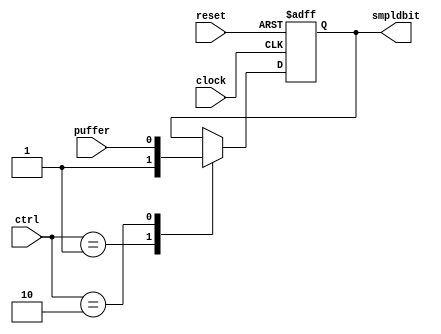
////////////////////////////////////////////////////////////////////////////////////////////////////
//
// Interessengruppe fuer Mikroelektronik und Eingebettete Systeme (IMES)
// Fachhochschule Dortmund
//
// Tool         : Mentor Graphics HDL Designer(TM) 2015.1b (Build 4)
// Description  : 
// Commentary   : Ausgelagert aus bittime-FSM um extrahierbar zu bekommen. ctrl steurt
//                Verhalten: Bei "01" AUsgang "1", Bei "10" Ausgang Puffer (Aus edge_puffer),
//                das Bit um eine Bitzeit verzoegert.
//
// Changelog:
// -------------------------------------------------------------------------------------------------
// Version | Author             | Date       | Changes
// -------------------------------------------------------------------------------------------------
// 0.9     | Leduc              | 14.01.2019 | created
// -------------------------------------------------------------------------------------------------
//
////////////////////////////////////////////////////////////////////////////////////////////////////

//`resetall
//`timescale 1ns/10ps
//`default_nettype none

module smpldbit_reg2 (
 input  wire       clock, 			
 input  wire       reset, 			
 input  wire [1:0] ctrl,      // bittime fsm: smpldbit_reg_ctrl
 output reg        smpldbit,  // MAC, destuff, biterrordetect
 input  wire       puffer	    // edgepuffer: puffer	
 );	


always @(posedge clock, negedge reset)
begin
 if (reset == 1'b0)
  smpldbit <= 1'b1;
 else
  begin
   case (ctrl) 
	 2'b01 : smpldbit <= 1'b1;        // rezessiv
	 2'b10 : smpldbit <= puffer;      // versptet
	 default : smpldbit <= smpldbit;  
	 endcase
  end  
end

endmodule